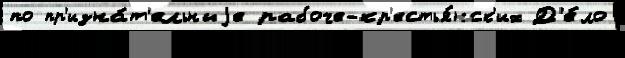
по пр'изна́т'ельныjе рабоче-кр'естья́нск'их Д'е́ло